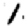
Digit: 1